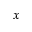
x